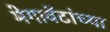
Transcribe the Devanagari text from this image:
मेगावॅटांच्या